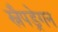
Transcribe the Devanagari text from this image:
स्नैपड्रेगन